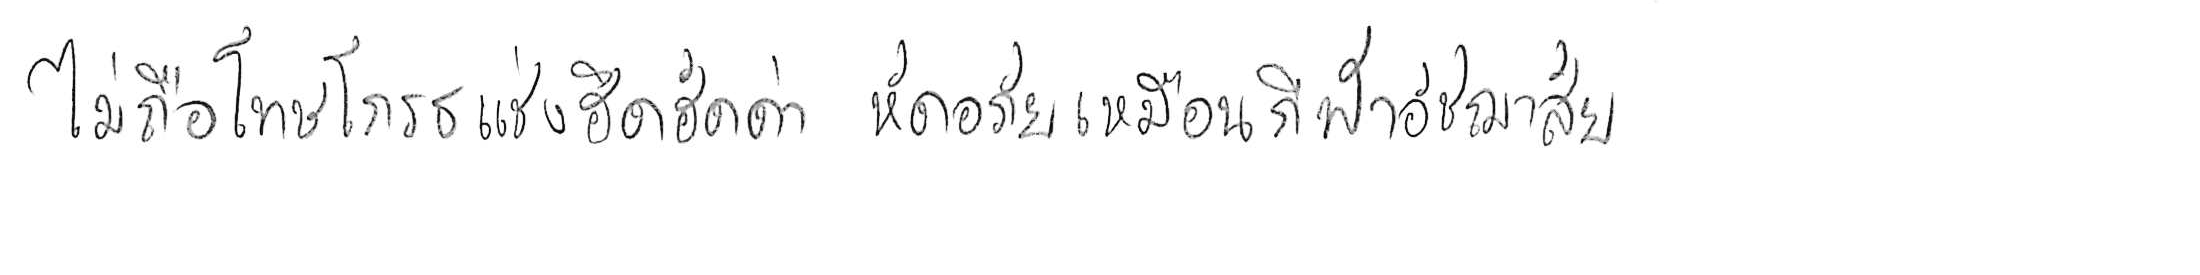
ไม่ถือโทษโกรธแช่งซัดฮึดฮัดด่า หัดอภัยเหมือนกีฬาอัชฌาสัย